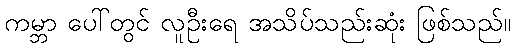
ကမ္ဘာ ပေါ်တွင် လူဦးရေ အသိပ်သည်းဆုံး ဖြစ်သည်။